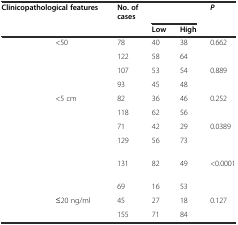
<table><thead><tr><td colspan="2" rowspan="2"><b>Clinicopathological features</b></td><td rowspan="2"><b>No. of cases</b></td><td colspan="2">[EMPTY_CELL]</td><td rowspan="2"><b><i>P</i></b></td></tr><tr><td><b>Low</b></td><td><b>High</b></td></tr></thead><tbody><tr><td>[EMPTY_CELL]</td><td>&lt;50</td><td>78</td><td>40</td><td>38</td><td>0.662</td></tr><tr><td>[EMPTY_CELL]</td><td>[EMPTY_CELL]</td><td>122</td><td>58</td><td>64</td><td>[EMPTY_CELL]</td></tr><tr><td>[EMPTY_CELL]</td><td>[EMPTY_CELL]</td><td>107</td><td>53</td><td>54</td><td>0.889</td></tr><tr><td>[EMPTY_CELL]</td><td>[EMPTY_CELL]</td><td>93</td><td>45</td><td>48</td><td>[EMPTY_CELL]</td></tr><tr><td>[EMPTY_CELL]</td><td>&lt;5 cm</td><td>82</td><td>36</td><td>46</td><td>0.252</td></tr><tr><td>[EMPTY_CELL]</td><td>[EMPTY_CELL]</td><td>118</td><td>62</td><td>56</td><td>[EMPTY_CELL]</td></tr><tr><td>[EMPTY_CELL]</td><td>[EMPTY_CELL]</td><td>71</td><td>42</td><td>29</td><td>0.0389</td></tr><tr><td>[EMPTY_CELL]</td><td>[EMPTY_CELL]</td><td>129</td><td>56</td><td>73</td><td>[EMPTY_CELL]</td></tr><tr><td>[EMPTY_CELL]</td><td>[EMPTY_CELL]</td><td>131</td><td>82</td><td>49</td><td>&lt;0.0001</td></tr><tr><td>[EMPTY_CELL]</td><td>[EMPTY_CELL]</td><td>69</td><td>16</td><td>53</td><td>[EMPTY_CELL]</td></tr><tr><td>[EMPTY_CELL]</td><td>≤20 ng/ml</td><td>45</td><td>27</td><td>18</td><td>0.127</td></tr><tr><td>[EMPTY_CELL]</td><td>[EMPTY_CELL]</td><td>155</td><td>71</td><td>84</td><td>[EMPTY_CELL]</td></tr></tbody></table>